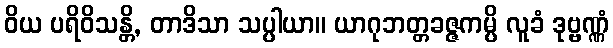
ဝိယ ပရိဝိသန္တိ, တာဒိသာ သပ္ပါယာ။ ယာဂုဘတ္တခဇ္ဇကမ္ပိ လူခံ ဒုဗ္ဗဏ္ဏံ